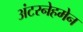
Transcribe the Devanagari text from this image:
अंटरनेहमेन